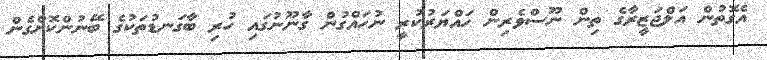
އެގޮތުން އަލްޖަޒީރާގެ ތިން ނޫސްވެރިން ހައްޔަރުކުރީ ނުހައްގުން ގާނޫނުގައި ހުރި ބާގަނޑުތަކުގެ ބޭނުންކޮށްގެން